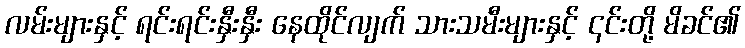
လမ်းများနှင့် ရင်းရင်းနှီးနှီး နေထိုင်လျက် သားသမီးများနှင့် ၎င်းတို့ မိခင်၏